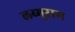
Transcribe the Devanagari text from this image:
लब्भूराम